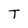
Character: T